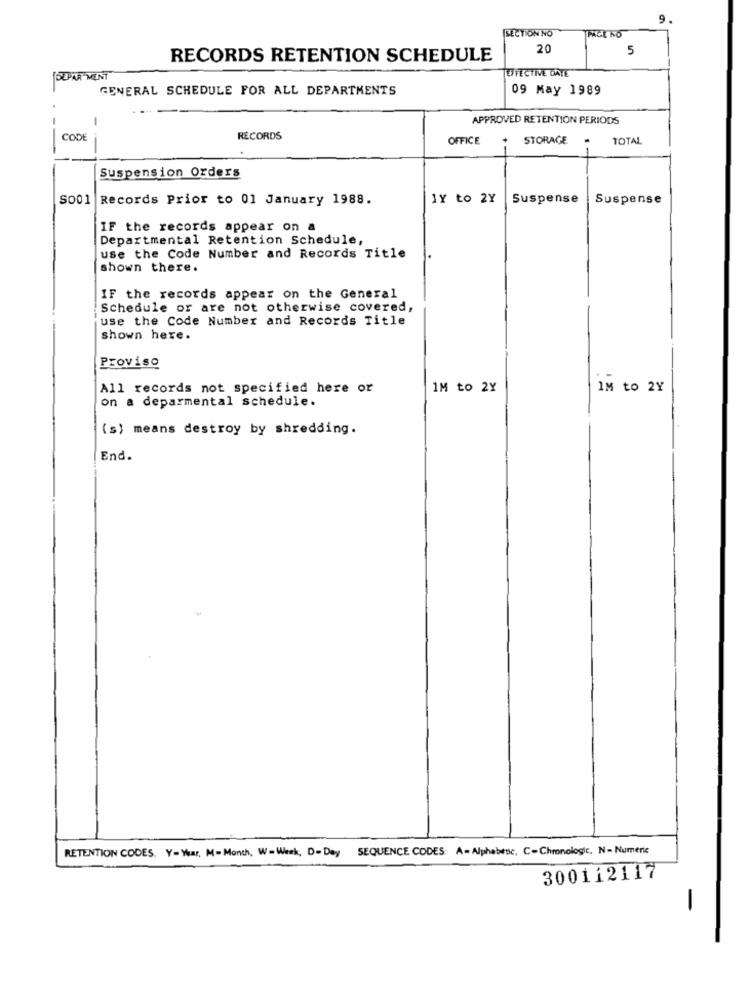
9.
SECTION NO
PAGE NO
20
5
RECORDS RETENTION SCHEDULE
DEPARTMENT
TUFFECTIVE DATE
GENERAL SCHEDULE FOR ALL DEPARTMENTS
09 May 1989
-
APPROVED RETENTION PERIODS
CODE
RECORDS
OFFICE
STORAGE
.
TOTAL
Suspension Orders
S001 Records Prior to 01 January 1988.
1Y to 2Y
Suspense
Suspense
IF the records appear on a
Departmental Retention Schedule,
use the Code Number and Records Title
shown there.
IF the records appear on the General
Schedule or are not otherwise covered,
use the Code Number and Records Title
shown here.
Proviso
All records not specified here or
IM to 2Y
IM to 2Y
on a deparmental schedule.
(s) means destroy by shredding.
End.
RETENTION CODES. Y=Year, M-Month, W-Week, D-Day SEQUENCE CODES: A- Alphabessc, C-Chronologie, N- Numeric
300112117
-